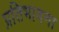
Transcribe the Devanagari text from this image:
प्रतिभावना